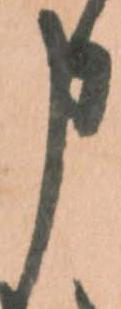
申